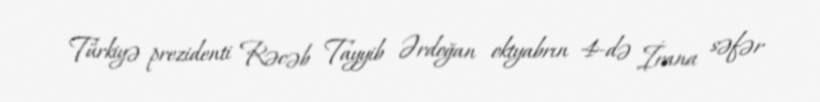
Türkiyə prezidenti Rəcəb Tayyib Ərdoğan oktyabrın 4-də İrana səfər